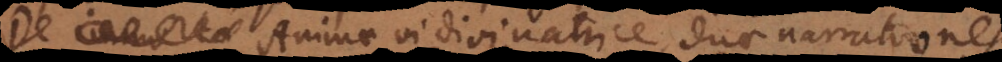
De immorta Animae vi divinatrice, duae narrationes